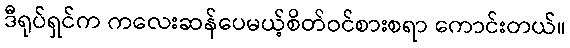
ဒီရုပ်ရှင်က ကလေးဆန်ပေမယ့်စိတ်ဝင်စားစရာ ကောင်းတယ်။